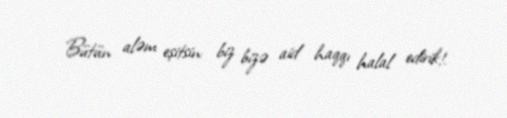
Bütün aləm eşitsin: biz bizə aid haqqı halal edirik!.